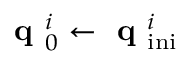
\textbf { q } _ { 0 } ^ { i } \leftarrow \textbf { q } _ { \mathrm { i n i } } ^ { i }